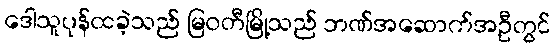
ဒေါသူပုန်ထခဲ့သည် မြဝတီမြို့သည် ဘဏ်အဆောက်အဦတွင်